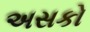
અસકો